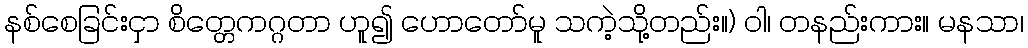
နစ်စေခြင်းငှာ စိတ္တေကဂ္ဂတာ ဟူ၍ ဟောတော်မူ သကဲ့သို့တည်း။) ဝါ၊ တနည်းကား။ မနသာ၊